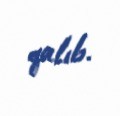
qalıb.